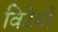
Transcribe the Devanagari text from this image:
विटेसी